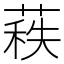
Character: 𦷍